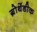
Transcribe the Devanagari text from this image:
ग्रोथेंडीक